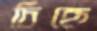
চিহ্নে